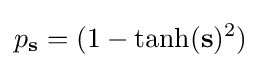
p_{\mathbf {s} }=(1-\tanh(\mathbf {s} )^{2})